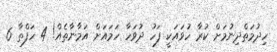
ހިދުމަތްދިނުމަށް ކުރާ ހުވައަކީ ފަހު ދުވަހާ ހަމައަށް އަމާނާތެއް! 4 ހަފްތާ 6